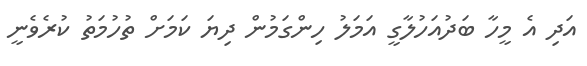
އަދި އެ މީހާ ބަދުއަހުލާގީ އަމަލު ހިންގަމުން ދިޔަ ކަމަށް ތުހުމަތު ކުރެވެނީ